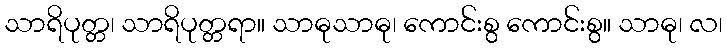
သာရိပုတ္တ၊ သာရိပုတ္တရာ။ သာဓုသာဓု၊ ကောင်းစွ ကောင်းစွ။ သာဓု၊ လ၊